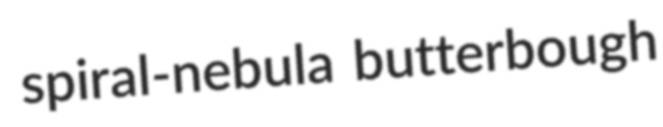
spiral-nebula butterbough